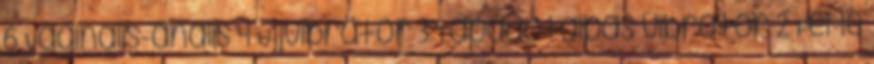
6 Vaginális-anális 4 Ujjvibrátor 3 Tapadótalpas vibrátor 2 Fel-le